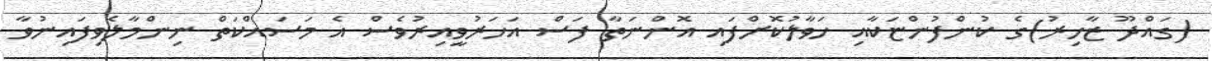
(ގައްދޫ ޒާހިރު)ގެ ކުންފުންޏަކާއި ހަވާލުކޮށްފައި އޮންނަތާ ފަސް އަހަރުވީއިރުވެސް އެ މަސައްކަތް ނިންމާލެވިފައިނުވާ